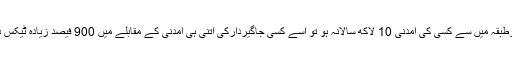
اگرتنخواہ دارطبقہ میں سے کسی کی آمدنی 10 لاکھ سالانہ ہو تو اسے کسی جاگیردارکی اتنی ہی آمدنی کے مقابلے میں 900 فیصد زیادہ ٹیکس دینا پڑے گا۔